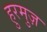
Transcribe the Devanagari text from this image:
हुरमुज़